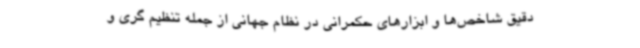
دقیق شاخص‌ها و ابزارهای حکمرانی در نظام جهانی از جمله تنظیم گری و